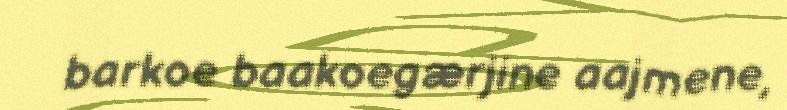
barkoe baakoegærjine aajmene,